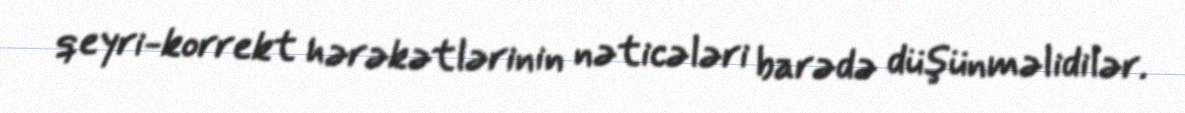
qeyri-korrekt hərəkətlərinin nəticələri barədə düşünməlidilər.